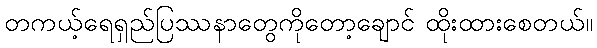
တကယ့်ရေရှည်ပြဿနာတွေကိုတော့ချောင် ထိုးထားစေတယ်။